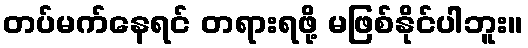
တပ်မက်နေရင် တရားရဖို့ မဖြစ်နိုင်ပါဘူး။